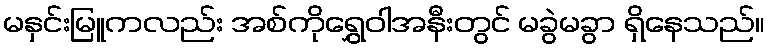
မနှင်းမြူကလည်း အစ်ကိုရွှေဝါအနီးတွင် မခွဲမခွာ ရှိနေသည်။